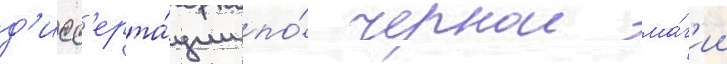
д'исс'ерта́ции по́ чернои ма́г'ии